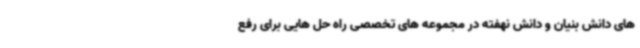
های دانش بنیان و دانش نهفته در مجموعه های تخصصی راه حل هایی برای رفع